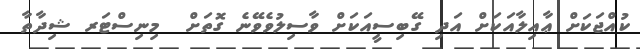
ކުއްޖަކަށް ޢާއިލާއަކަށް އަދި ގޭބިސީއަކަށް ވާސިލުވެވޭނެ ގޮތަށް  މިނިސްޓަރ ޝިދާތާ